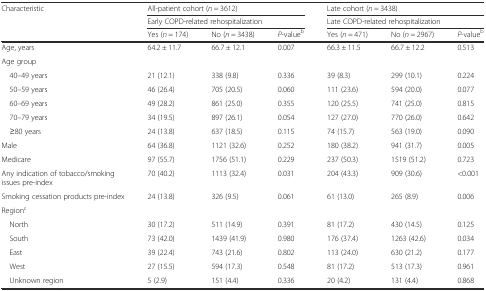
<table><thead><tr><td rowspan="3"><b>Characteristic</b></td><td colspan="3"><b>All-patient cohort (<i>n</i> = 3612)</b></td><td colspan="3"><b>Late cohort (<i>n</i> = 3438)</b></td></tr><tr><td colspan="3"><b>Early COPD-related rehospitalization</b></td><td colspan="3"><b>Late COPD-related rehospitalization</b></td></tr><tr><td><b>Yes (<i>n</i> = 174)</b></td><td><b>No (<i>n</i> = 3438)</b></td><td><b><i>P</i>-value<sup>b</sup></b></td><td><b>Yes (<i>n</i> = 471)</b></td><td><b>No (<i>n</i> = 2967)</b></td><td><b><i>P</i>-value<sup>b</sup></b></td></tr></thead><tbody><tr><td>Age, years</td><td>64.2 ± 11.7</td><td>66.7 ± 12.1</td><td>0.007</td><td>66.3 ± 11.5</td><td>66.7 ± 12.2</td><td>0.513</td></tr><tr><td colspan="7">Age group</td></tr><tr><td> 40–49 years</td><td>21 (12.1)</td><td>338 (9.8)</td><td>0.336</td><td>39 (8.3)</td><td>299 (10.1)</td><td>0.224</td></tr><tr><td> 50–59 years</td><td>46 (26.4)</td><td>705 (20.5)</td><td>0.060</td><td>111 (23.6)</td><td>594 (20.0)</td><td>0.077</td></tr><tr><td> 60–69 years</td><td>49 (28.2)</td><td>861 (25.0)</td><td>0.355</td><td>120 (25.5)</td><td>741 (25.0)</td><td>0.815</td></tr><tr><td> 70–79 years</td><td>34 (19.5)</td><td>897 (26.1)</td><td>0.054</td><td>127 (27.0)</td><td>770 (26.0)</td><td>0.642</td></tr><tr><td> ≥80 years</td><td>24 (13.8)</td><td>637 (18.5)</td><td>0.115</td><td>74 (15.7)</td><td>563 (19.0)</td><td>0.090</td></tr><tr><td>Male</td><td>64 (36.8)</td><td>1121 (32.6)</td><td>0.252</td><td>180 (38.2)</td><td>941 (31.7)</td><td>0.005</td></tr><tr><td>Medicare</td><td>97 (55.7)</td><td>1756 (51.1)</td><td>0.229</td><td>237 (50.3)</td><td>1519 (51.2)</td><td>0.723</td></tr><tr><td>Any indication of tobacco/smoking issues pre-index</td><td>70 (40.2)</td><td>1113 (32.4)</td><td>0.031</td><td>204 (43.3)</td><td>909 (30.6)</td><td>&lt;0.001</td></tr><tr><td>Smoking cessation products pre-index</td><td>24 (13.8)</td><td>326 (9.5)</td><td>0.061</td><td>61 (13.0)</td><td>265 (8.9)</td><td>0.006</td></tr><tr><td colspan="7">Region<sup>c</sup></td></tr><tr><td> North</td><td>30 (17.2)</td><td>511 (14.9)</td><td>0.391</td><td>81 (17.2)</td><td>430 (14.5)</td><td>0.125</td></tr><tr><td> South</td><td>73 (42.0)</td><td>1439 (41.9)</td><td>0.980</td><td>176 (37.4)</td><td>1263 (42.6)</td><td>0.034</td></tr><tr><td> East</td><td>39 (22.4)</td><td>743 (21.6)</td><td>0.802</td><td>113 (24.0)</td><td>630 (21.2)</td><td>0.177</td></tr><tr><td> West</td><td>27 (15.5)</td><td>594 (17.3)</td><td>0.548</td><td>81 (17.2)</td><td>513 (17.3)</td><td>0.961</td></tr><tr><td> Unknown region</td><td>5 (2.9)</td><td>151 (4.4)</td><td>0.336</td><td>20 (4.2)</td><td>131 (4.4)</td><td>0.868</td></tr></tbody></table>